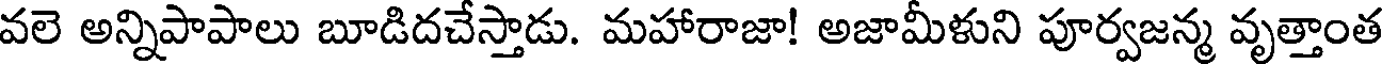
వలె అన్నిపాపాలు బూడిదచేస్తాడు. మహారాజా! అజామీళుని పూర్వజన్మ వృత్తాంత